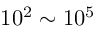
1 0 ^ { 2 } \sim 1 0 ^ { 5 }